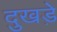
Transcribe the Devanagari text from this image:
दुखड़े